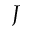
J